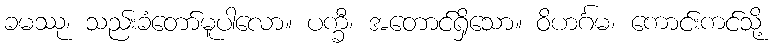
ခမဿု၊ သည်းခံတော်မူပါလော။ ပက္ခီ၊ အတောင်ရှိသော။ ဝိဟင်္ဂမ၊ ကောင်းကင်သို့